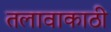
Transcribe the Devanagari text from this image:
तलावाकाठी